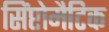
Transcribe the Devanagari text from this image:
सिंप्टोमैटिक